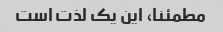
مطمئنا، این یک لذت است